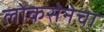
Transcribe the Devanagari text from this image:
लोकसेनेचा